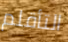
التأقلم